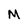
Character: M